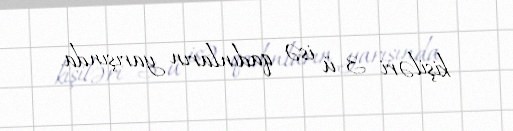
kişiləri 3-ü isə qadınların yarışında.